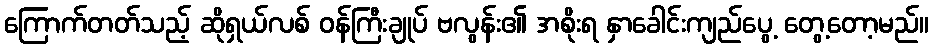
ကြောက်တတ်သည့် ဆိုရှယ်လစ် ဝန်ကြီးချုပ် ဗလွန်း၏ အစိုးရ နှာခေါင်းကျည်ပွေ့ တွေ့တော့မည်။